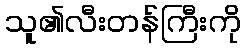
သူ၏လီးတန်ကြီးကို